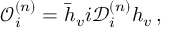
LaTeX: \mathcal O _ { i } ^ { ( n ) } = \bar { h } _ { v } i \mathcal D _ { i } ^ { ( n ) } h _ { v } \, ,